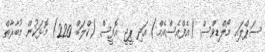
ސަޕްލައި މޯލްޑިވްސް (އެފްއެސްއެމް) އަދި ޕީޖީ އޮފީސް (ކްލަބް 220) މޮޅަކުން މުބާރާތް